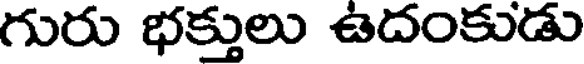
గురు భక్తులు ఉదంకుడు